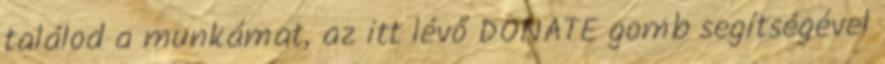
találod a munkámat, az itt lévő DONATE gomb segítségével